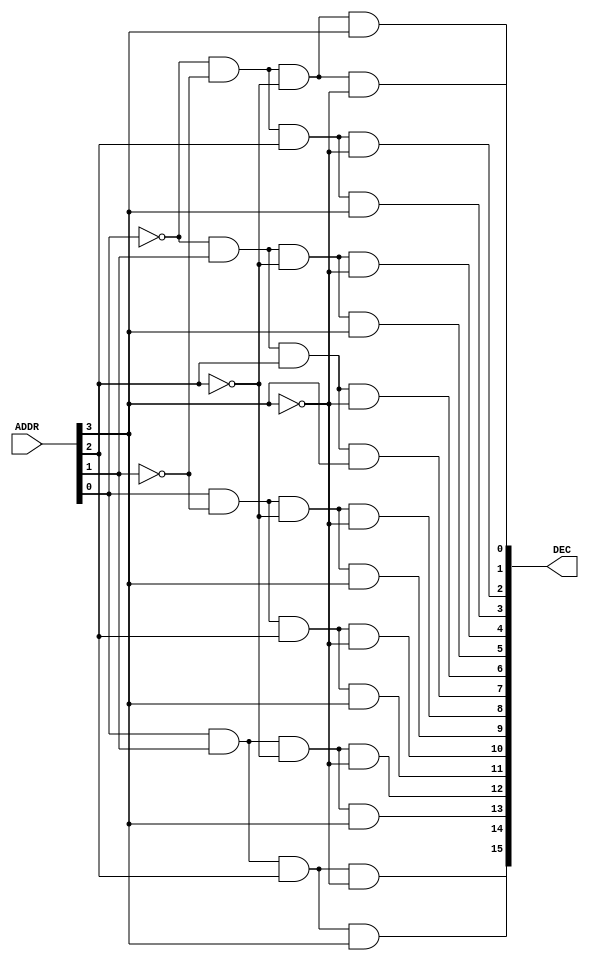
`timescale 1ns / 1ps

/*
    Group Members: Thomas Hudson and Warren Seto

    Lab Name: Combinational Logic
    Project Name: eng312_proj2
    Design Name: dec_4_to_16.v
    Design Description: Verilog Module for 4 to 16 Decoder
*/

module dec_4_to_16
(
  input [3:0] ADDR,
  output [15:0] DEC
);

  // Every output will output will have exactly one corresponding high
  assign DEC[0] = ~ADDR[0] & ~ADDR[1] & ~ADDR[2] & ~ADDR[3];
  assign DEC[1] = ~ADDR[0] & ~ADDR[1] & ~ADDR[2] & ADDR[3];
  assign DEC[2] = ~ADDR[0] & ~ADDR[1] & ADDR[2] & ~ADDR[3];
  assign DEC[3] = ~ADDR[0] & ~ADDR[1] & ADDR[2] & ADDR[3];
  assign DEC[4] = ~ADDR[0] & ADDR[1] & ~ADDR[2] & ~ADDR[3];
  assign DEC[5] = ~ADDR[0] & ADDR[1] & ~ADDR[2] & ADDR[3];
  assign DEC[6] = ~ADDR[0] & ADDR[1] & ADDR[2] & ~ADDR[3];
  assign DEC[7] = ~ADDR[0] & ADDR[1] & ADDR[2] & ADDR[3];
  assign DEC[8] = ADDR[0] & ~ADDR[1] & ~ADDR[2] & ~ADDR[3];
  assign DEC[9] = ADDR[0] & ~ADDR[1] & ~ADDR[2] & ADDR[3];
  assign DEC[10] = ADDR[0] & ~ADDR[1] & ADDR[2] & ~ADDR[3];
  assign DEC[11] = ADDR[0] & ~ADDR[1] & ADDR[2] & ADDR[3];
  assign DEC[12] = ADDR[0] & ADDR[1] & ~ADDR[2] & ~ADDR[3];
  assign DEC[13] = ADDR[0] & ADDR[1] & ~ADDR[2] & ADDR[3];
  assign DEC[14] = ADDR[0] & ADDR[1] & ADDR[2] & ~ADDR[3];
  assign DEC[15] = ADDR[0] & ADDR[1] & ADDR[2] & ADDR[3];
endmodule